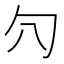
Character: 𰅛